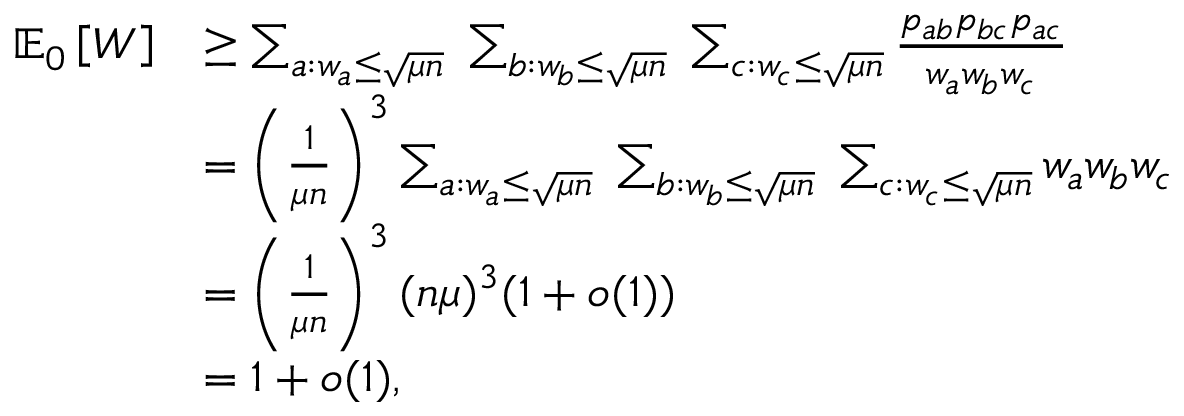
\begin{array} { r l } { \mathbb { E } _ { 0 } \left[ W \right] } & { \geq \sum _ { a : w _ { a } \leq \sqrt { \mu n } } \; \sum _ { b : w _ { b } \leq \sqrt { \mu n } } \; \sum _ { c : w _ { c } \leq \sqrt { \mu n } } \frac { p _ { a b } p _ { b c } p _ { a c } } { w _ { a } w _ { b } w _ { c } } } \\ & { = \left( \frac { 1 } { \mu n } \right) ^ { 3 } \sum _ { a : w _ { a } \leq \sqrt { \mu n } } \; \sum _ { b : w _ { b } \leq \sqrt { \mu n } } \; \sum _ { c : w _ { c } \leq \sqrt { \mu n } } w _ { a } w _ { b } w _ { c } } \\ & { = \left( \frac { 1 } { \mu n } \right) ^ { 3 } ( n \mu ) ^ { 3 } ( 1 + o ( 1 ) ) } \\ & { = 1 + o ( 1 ) , } \end{array}